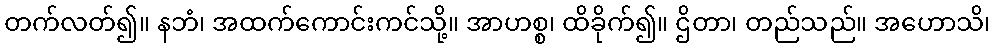
တက်လတ်၍။ နဘံ၊ အထက်ကောင်းကင်သို့။ အာဟစ္စ၊ ထိခိုက်၍။ ဌိတာ၊ တည်သည်။ အဟောသိ၊